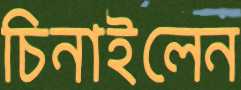
চিনাইলেন